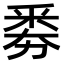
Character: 𠢏